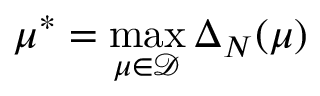
\mu ^ { * } = \operatorname* { m a x } _ { \mu \in \mathcal { D } } \Delta _ { N } ( \mu )